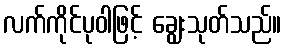
လက်ကိုင်ပုဝါဖြင့် ချွေးသုတ်သည်။